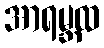
အာရမ္ဘထ